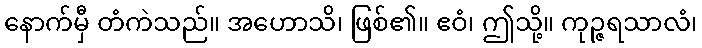
နောက်မှီ တံကဲသည်။ အဟောသိ၊ ဖြစ်၏။ ဧဝံ၊ ဤသို့။ ကုဉ္ဇရသာလံ၊